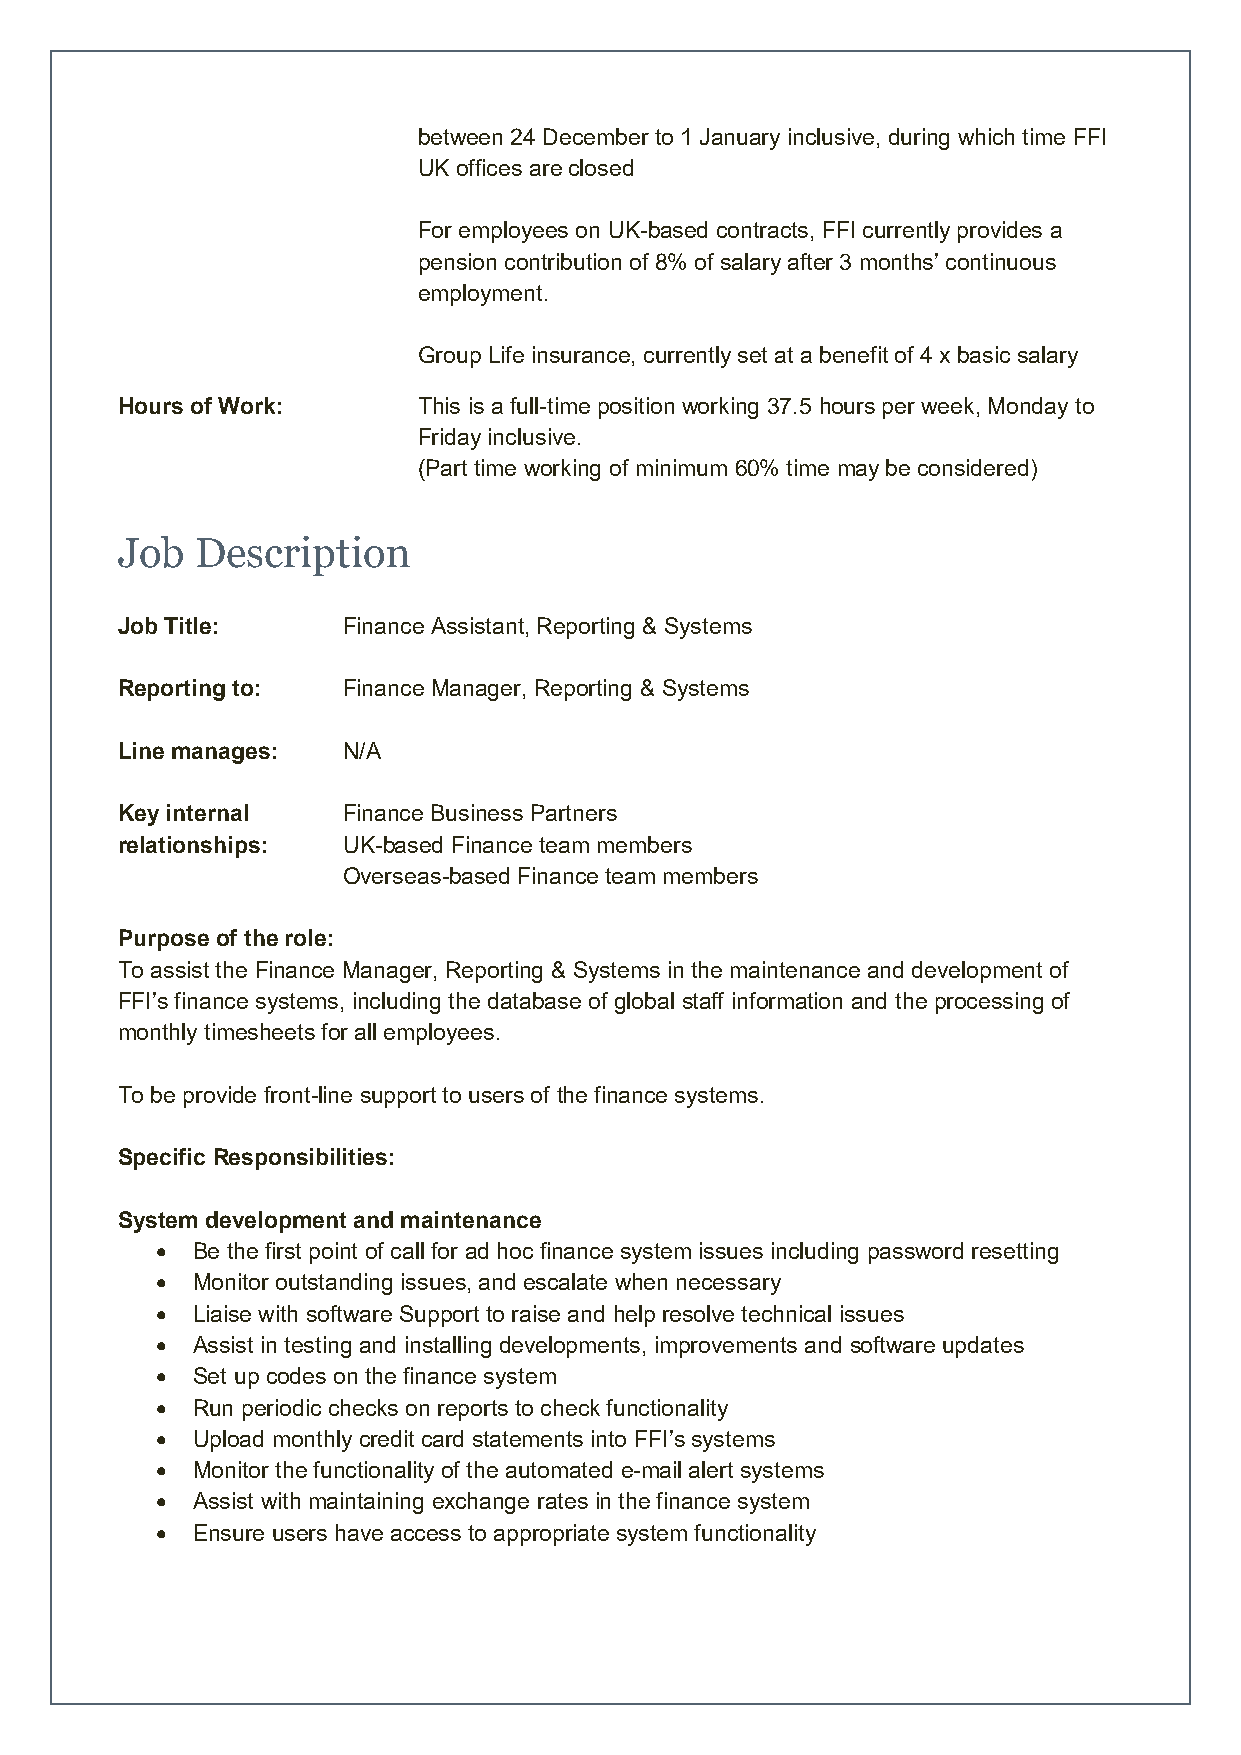
between 24 December to 1 January inclusive, during which time FFI
 UK offices are closed
 For employees on UK-based contracts, FFI currently provides a
 pension contribution of 8% of salary after 3 months’ continuous
 employment.
 Group Life insurance, currently set at a benefit of 4 x basic salary
 Hours of Work:      This is a full-time position working 37.5 hours per week, Monday to
 Friday inclusive.
 (Part time working of minimum 60% time may be considered)
 Job  Description
 Job Title:     Finance Assistant, Reporting & Systems
 Reporting to:  Finance Manager, Reporting & Systems
 Line manages:  N/A
 Key internal   Finance Business Partners
 relationships: UK-based Finance team members
 Overseas-based Finance team members
 Purpose of the role:
 To assist the Finance Manager, Reporting & Systems in the maintenance and development of
 FFI’s finance systems, including the database of global staff information and the processing of
 monthly timesheets for all employees.
 To be provide front-line support to users of the finance systems.
 Specific Responsibilities:
 System development and maintenance
 •  Be the first point of call for ad hoc finance system issues including password resetting
 •  Monitor outstanding issues, and escalate when necessary
 •  Liaise with software Support to raise and help resolve technical issues
 •  Assist in testing and installing developments, improvements and software updates
 •  Set up codes on the finance system
 •  Run periodic checks on reports to check functionality
 •  Upload monthly credit card statements into FFI’s systems
 •  Monitor the functionality of the automated e-mail alert systems
 •  Assist with maintaining exchange rates in the finance system
 •  Ensure users have access to appropriate system functionality